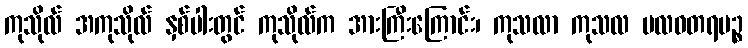
ကုသိုလ် အကုသိုလ် နှစ်ပါးတွင် ကုသိုလ်က အားကြီးကြောင်း၊ ကုသလာ ကုသလ ဗလဝတရပဉ္စ